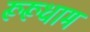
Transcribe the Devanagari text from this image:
रूरूधाम